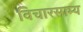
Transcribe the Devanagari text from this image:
विचारसाम्य